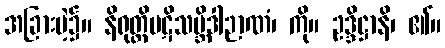
အခြားမဲ့၌။ နိရုတ္တိပဋိသမ္ဘိဒါဉာဏံ၊ ကို။ ဥဒ္ဒိဋ္ဌာနိ၊ ၏။